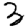
Digit: 3